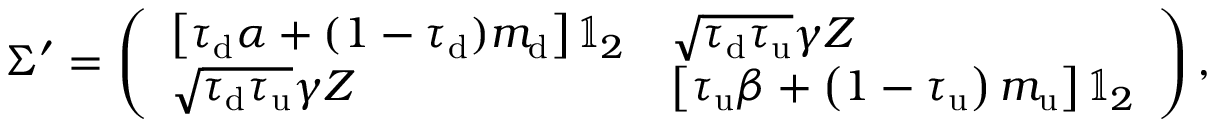
\Sigma ^ { \prime } = \left( \begin{array} { l l } { \left[ \tau _ { \mathrm { d } } \alpha + ( 1 - \tau _ { \mathrm { d } } ) m _ { \mathrm { d } } \right] \mathbb { 1 } _ { 2 } } & { \sqrt { \tau _ { \mathrm { d } } \tau _ { \mathrm { u } } } \gamma Z } \\ { \sqrt { \tau _ { \mathrm { d } } \tau _ { \mathrm { u } } } \gamma Z } & { \left[ \tau _ { \mathrm { u } } \beta + \left( 1 - \tau _ { \mathrm { u } } \right) m _ { \mathrm { u } } \right] \mathbb { 1 } _ { 2 } } \end{array} \right) ,